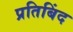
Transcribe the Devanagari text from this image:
प्रतिबिंद